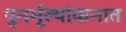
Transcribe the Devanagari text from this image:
पुनर्मूल्यांकनात